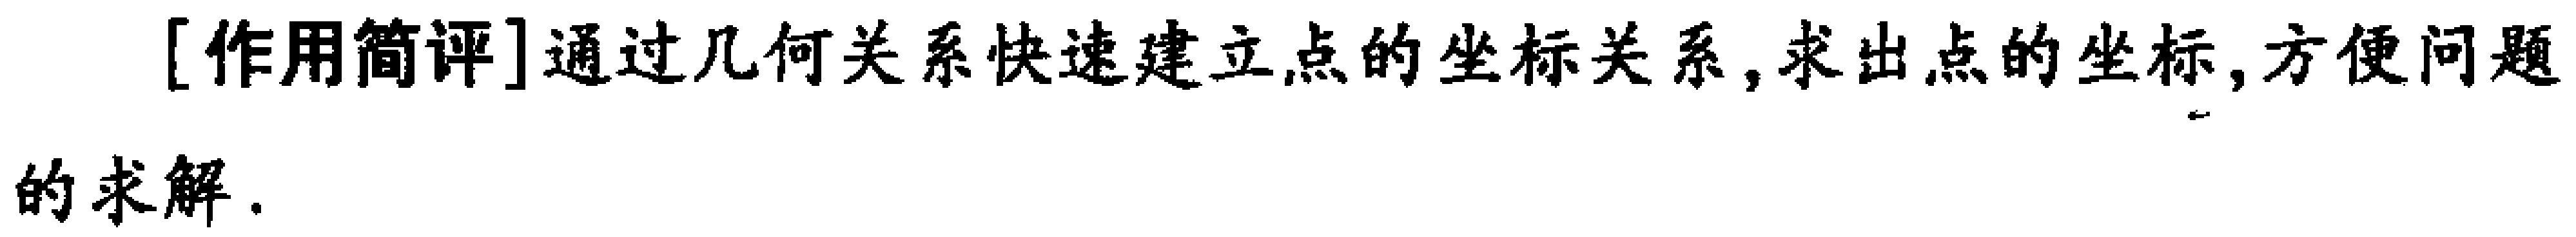
[作用简评]通过几何关系快速建立点的坐标关系,求出点的坐标,方便问题的求解.